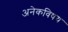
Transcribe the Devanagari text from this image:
अनेकविषय